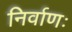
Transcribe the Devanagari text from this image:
निर्वाणः